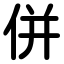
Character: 併